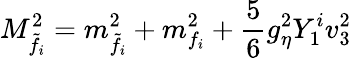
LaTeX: M_{\tilde{f_{i}}}^{2}=m_{\tilde{f_{i}}}^{2}+m_{f_{i}}^{2}+\frac{5}{6}g_{\eta}^{2}Y_{1}^{i}v_{3}^{2}